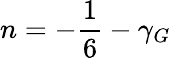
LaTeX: n=-{\frac{1}{6}}-\gamma_{G}